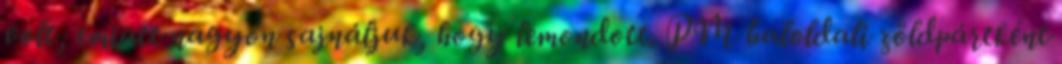
volt, emiatt nagyon sajnáljuk, hogy lemondott. PM baloldali zöldpártként